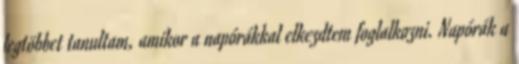
legtöbbet tanultam, amikor a napórákkal elkezdtem foglalkozni. Napórák a